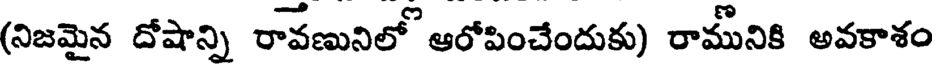
(నిజమైన దోషాన్ని రావణునిలో ఆరోపించేందుకు) రామునికి అవకాశం